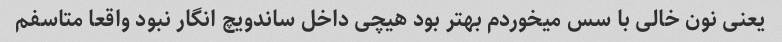
یعنی نون خالی با سس میخوردم بهتر بود هیچی داخل ساندویچ انگار نبود واقعا متاسفم